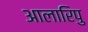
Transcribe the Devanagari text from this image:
आलारिपु